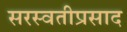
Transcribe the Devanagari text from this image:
सरस्वतीप्रसाद